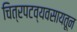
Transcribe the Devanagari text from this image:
चित्रपटव्यवसायतून